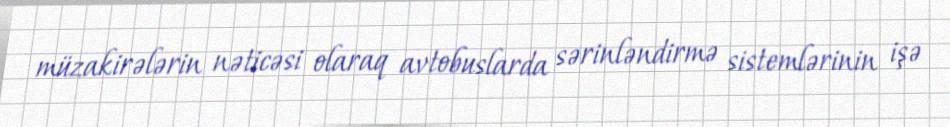
müzakirələrin nəticəsi olaraq avtobuslarda sərinləndirmə sistemlərinin işə